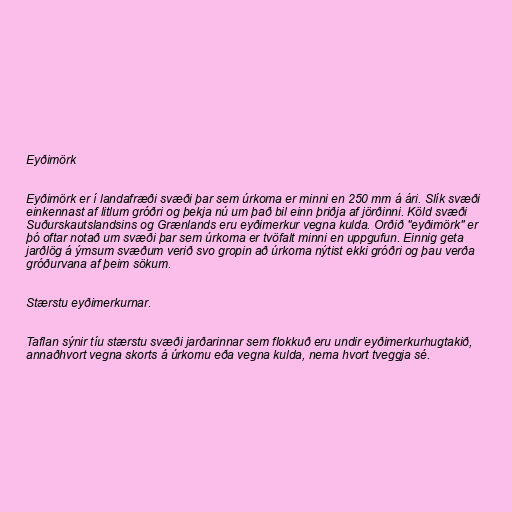
Eyðimörk

Eyðimörk er í landafræði svæði þar sem úrkoma er minni en 250 mm á ári. Slík svæði
einkennast af litlum gróðri og þekja nú um það bil einn þriðja af jörðinni. Köld svæði
Suðurskautslandsins og Grænlands eru eyðimerkur vegna kulda. Orðið "eyðimörk" er
þó oftar notað um svæði þar sem úrkoma er tvöfalt minni en uppgufun. Einnig geta
jarðlög á ýmsum svæðum verið svo gropin að úrkoma nýtist ekki gróðri og þau verða
gróðurvana af þeim sökum.

Stærstu eyðimerkurnar.

Taflan sýnir tíu stærstu svæði jarðarinnar sem flokkuð eru undir eyðimerkurhugtakið,
annaðhvort vegna skorts á úrkomu eða vegna kulda, nema hvort tveggja sé.